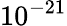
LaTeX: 10^{-21}